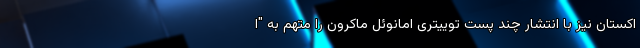
اکستان نیز با انتشار چند پست توییتری امانوئل ماکرون را متهم به "ا